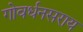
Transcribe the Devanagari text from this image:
गोवर्धनसराय